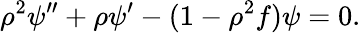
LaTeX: \rho^{2}\psi^{\prime\prime}+\rho\psi^{\prime}-(1-\rho^{2}f)\psi=0.